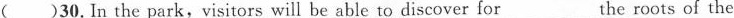
( )30. In the park,visitors will be able to discover for___the roots of the